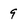
Character: 9